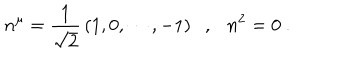
n ^ { \mu } = \frac { 1 } { \sqrt { 2 } } \, ( 1 , 0 , \cdots , - 1 ) \ \ \ , \ \ \ n ^ { 2 } = 0 \ .